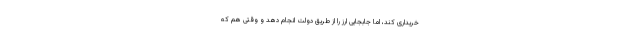
خریداری کند، اما جابجایی ارز را از طریق دولت انجام دهد و وقتی هم که